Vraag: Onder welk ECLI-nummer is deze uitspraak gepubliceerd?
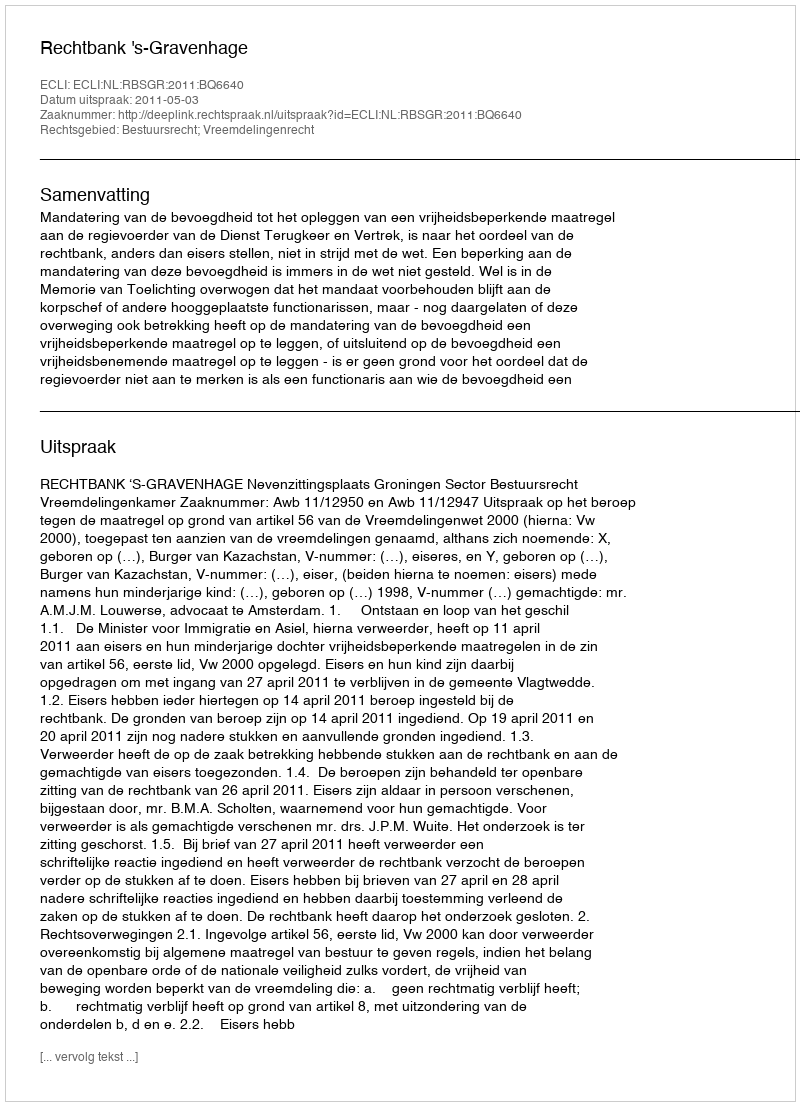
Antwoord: ECLI:NL:RBSGR:2011:BQ6640